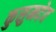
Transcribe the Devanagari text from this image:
कुसुमदेव